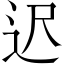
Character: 迟